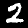
Label: 2